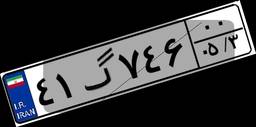
۴۱گ۷۴۶۰۰